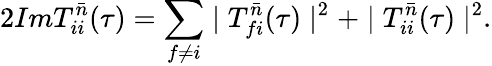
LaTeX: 2ImT_{ii}^{\bar{n}}(\tau)=\sum_{f\neq i}\mid T_{fi}^{\bar{n}}(\tau)\mid^{2}+\mid T_{ii}^{\bar{n}}(\tau)\mid^{2}.